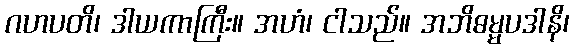
ဂဟပတိ၊ ဒါယကာကြီး။ အဟံ၊ ငါသည်။ အဘိဓမ္မပဒါနိ၊